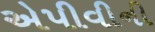
એપીવીની